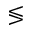
\lessgtr